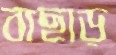
বাছাড়